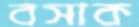
বসাক